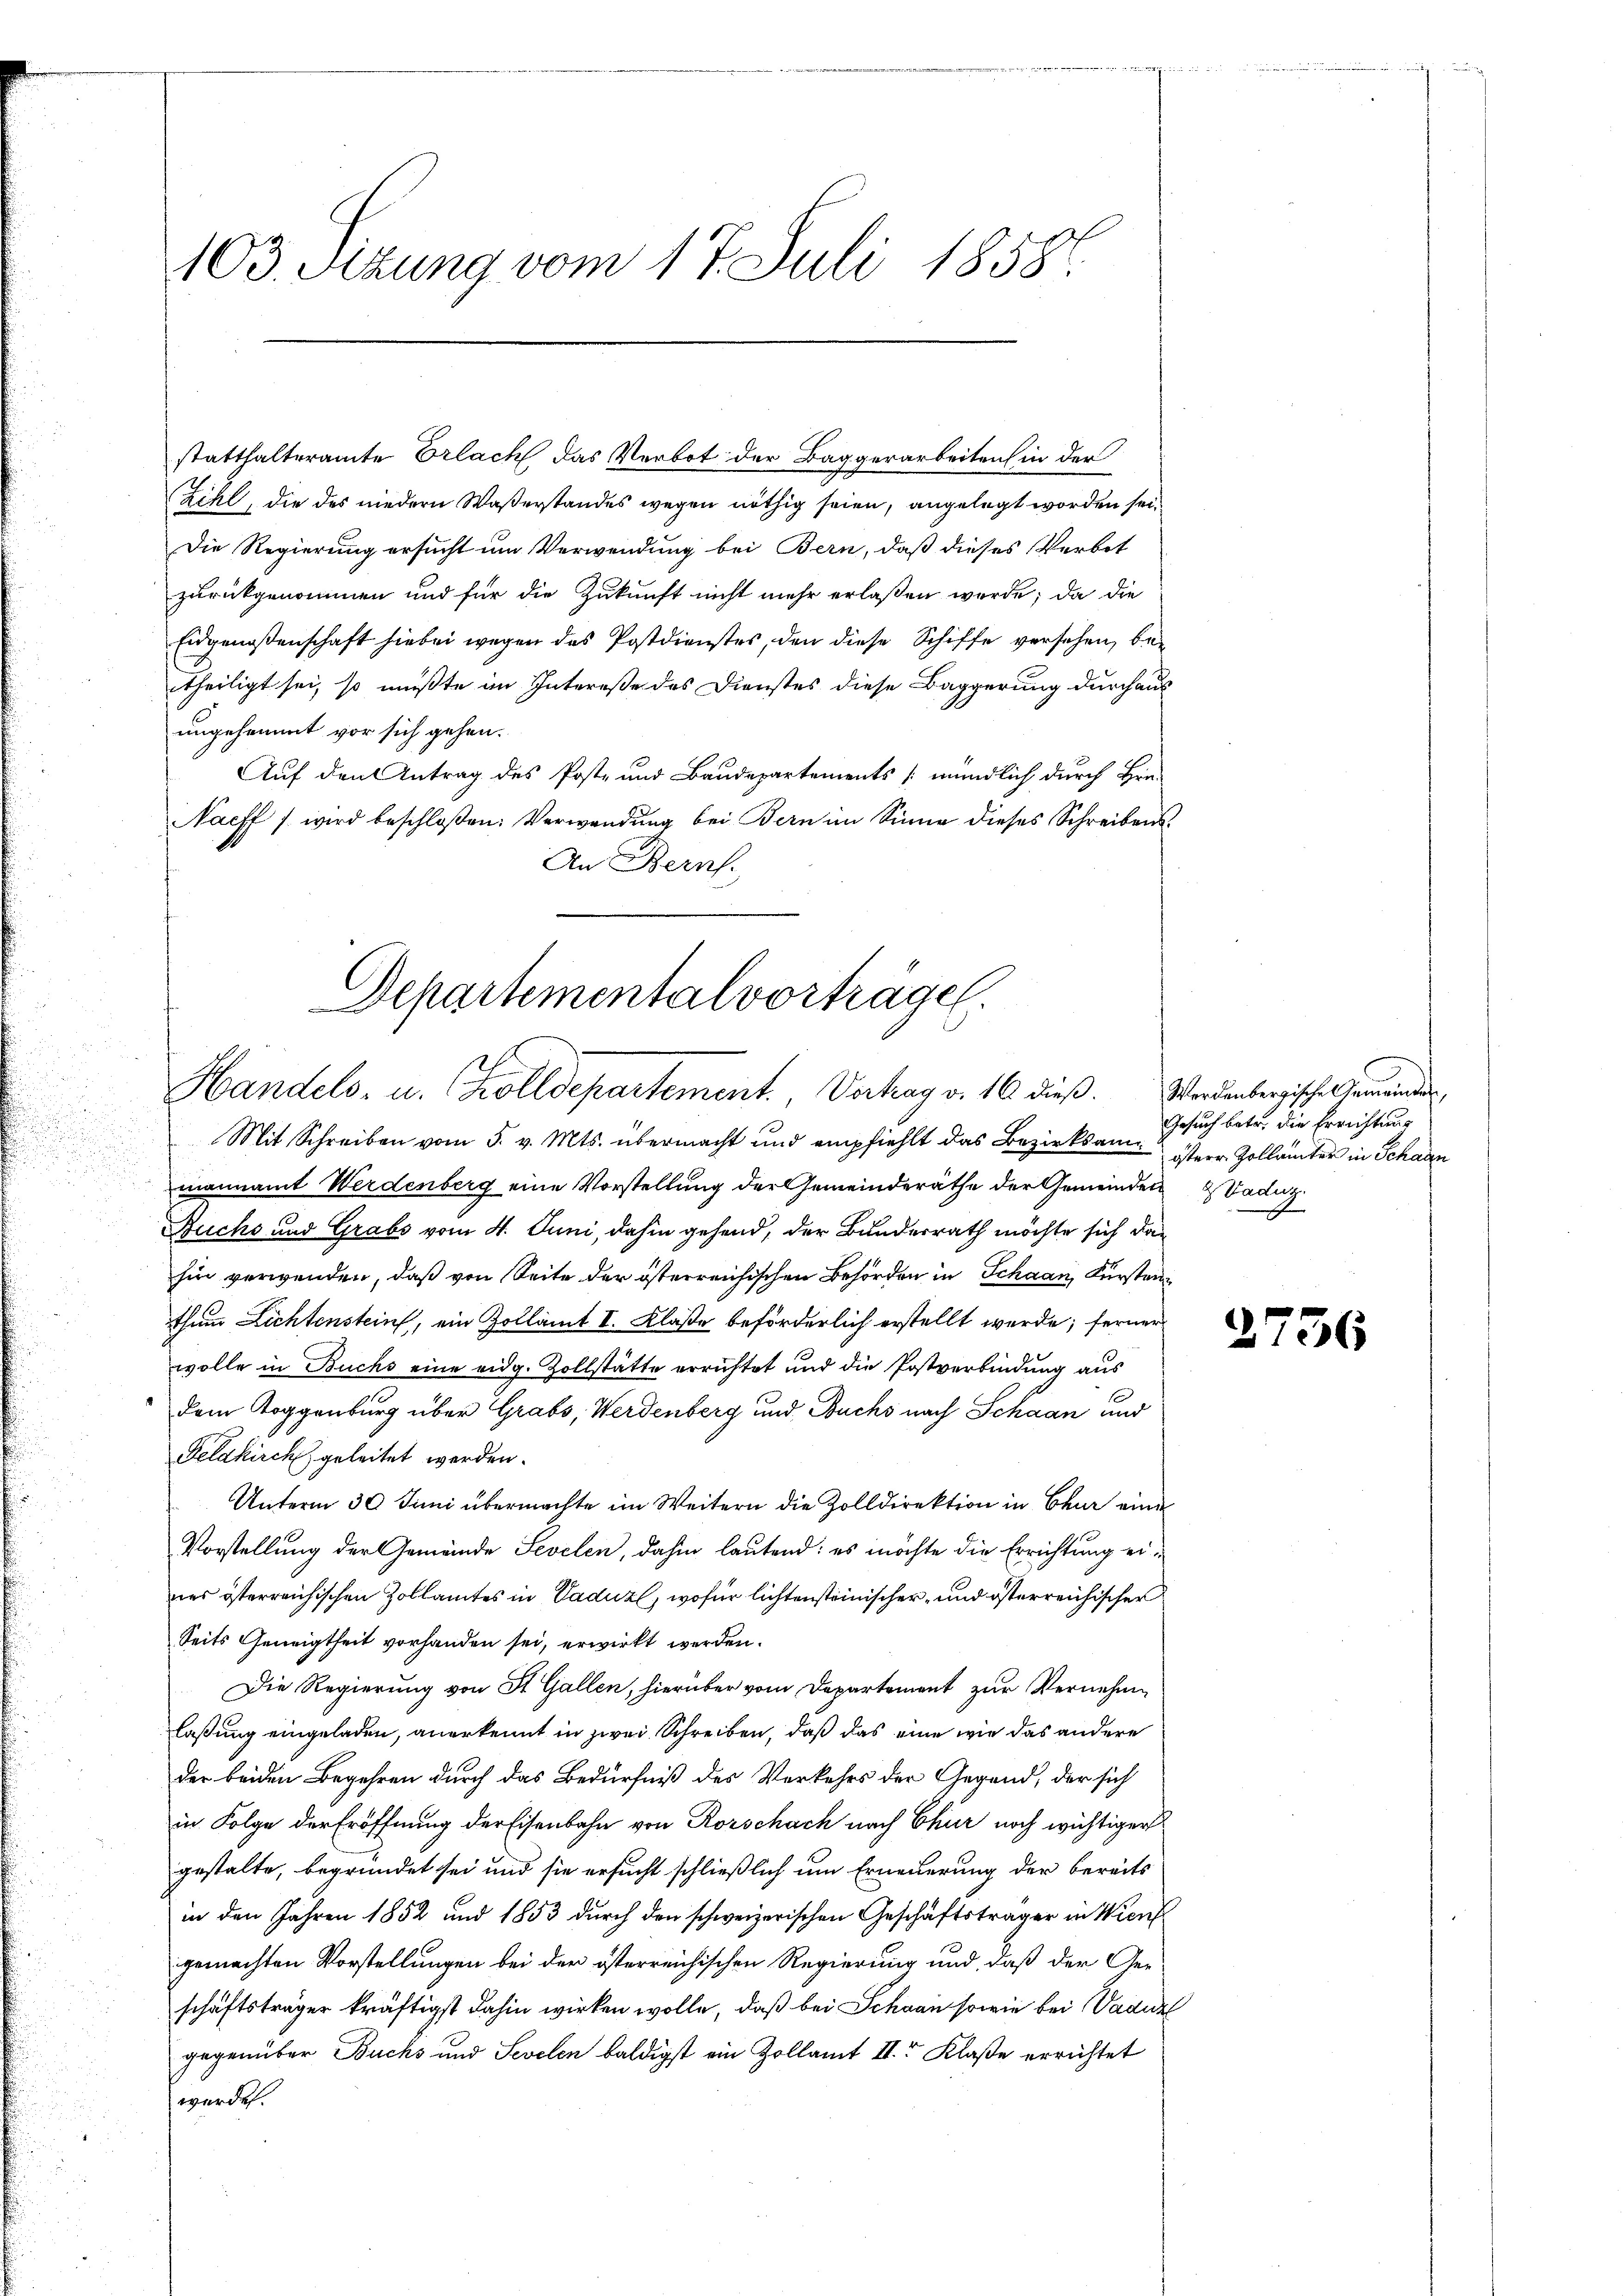
statthalteramte Erlach das Verbot der Baggerarbeiten in der
Zihl, die des niedern Waßerstandes wegen nöthig seien, angelegt worden sei¬
Die Regierung ersucht um Verwendung bei Bern, daß dieses Verbot
zurückgenommen und für die Zukunft nicht mehr erlaßen werde; da die
Eidgenossenschaft hiebei wegen des Postdienstes, den diese Schiffe versehen, betheiligt sei, so müßte im Intereße des Dienstes diese Baggerung durchaus
ungehemmt vor sich gehen.
Auf den Antrag des Post- und Baudepartements mündlich durch Hrn.
Nacff / wird beschloßen: Verwendung bei Bern im Sinne dieses Schreibens¬
An Bern.

103. Sizung vom 17. Juli 1858.

Departementalvorträgen.
Handels- u. alldepartement. Vertrag v. 16. dieß. Werdenbergische Gemeinde

Mit Schreiben vom 5. v. Mts. übermacht und empfiehlt das Bezirksam. Herr Zollämter in Schaden
mannamt Werdenberg eine Vorstellung der Gemeinderäthe der Gemeinden Badig
Buchs und Grabs vom 4. Juni, dahin gehend, der Bunderrath möchte sich dan
hin verwenden, daß von Seite der österreichischen Behörden in Schaan, Fürsten
thum Lichtenstein, ein Zollamt I. Klaße beförderlich erstellt werde; ferner
wolle in Buchs eine eidg. Zollstätte errichtet und die Postverbindung aus
dem Toggenburg über Grabs, Werdenberg und Buchs nach Schaan und
Felakirch geleitet werden.
Unterm 30. Juni übermachte im Weitern die Zolldirektion in Chur eine
Vorstellung der Gemeinde Sevelen, dahin lautend: es möchte die Errichtung eines österreichischen Zollamtes in Vaduzl, wofür lichtensteinischer, und österreichischer
Seits Geneigtheit vorhanden sei, erwirkt werden.
Die Regierung von St. Gallen, hierüber vom Departement zur Vernehme
lassung eingeladen, anerkennt in zwei Schreiben, daß das eine wie das andere
der beiden Begehren durch das Bedürfniß des Verkehrs der Gegend, der sich
in Folge der Eröffnung der Eisenbahn von Rorschach nach Chur noch wichtiger
gestalte, begründet sei und sie ersucht schließlich um Erneuerung der bereits
in den Jahren 1852 und 1853 durch den schweizerischen Geschäftsträger in Wien
gemachten Vorstellungen bei der österreichischen Regierung und, daß der Geschäftsträger kräftigst dahin wirken wolle, daß bei Schran sowie bei Vaduz
gegenüber Buchs und Sevelen baldigst ein Zollamt II. Klaße errichtet
werde.

Gesuch betr. die Errichtung

2736